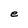
Character: e